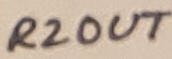
Text: R2OUT